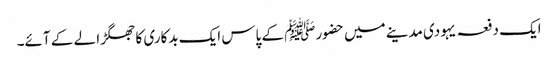
ایک دفعہ یہودی مدینے میں حضورﷺ کے پاس ایک بدکاری کا جھگڑا لے کے آئے۔